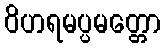
ဝိဟရမပ္ပမတ္တော